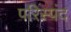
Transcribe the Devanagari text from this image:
परिस्पंद